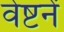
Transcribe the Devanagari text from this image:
वेष्टनें